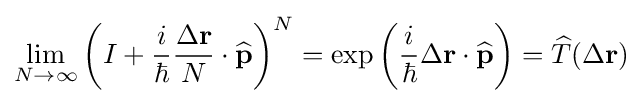
\lim _{N\to \infty }\left(I+{\frac {i}{\hbar }}{\frac {\Delta \mathbf {r} }{N}}\cdot {\widehat {\mathbf {p} }}\right)^{N}=\exp \left({\frac {i}{\hbar }}\Delta \mathbf {r} \cdot {\widehat {\mathbf {p} }}\right)={\widehat {T}}(\Delta \mathbf {r} )